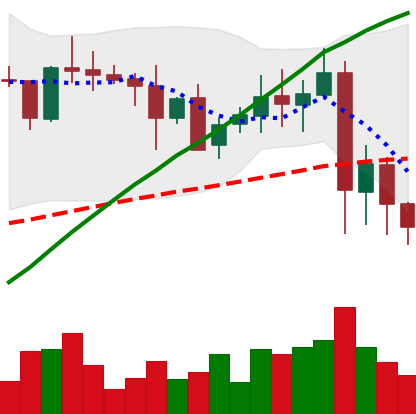
Ticker: XRP-USD
Chart end date: 2021-05-22
Forward return: 7.052%
Label: up_7plus